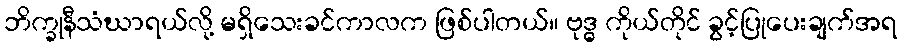
ဘိက္ခုနီသံဃာရယ်လို့ မရှိသေးခင်ကာလက ဖြစ်ပါတယ်။ ဗုဒ္ဓ ကိုယ်တိုင် ခွင့်ပြုပေးချက်အရ